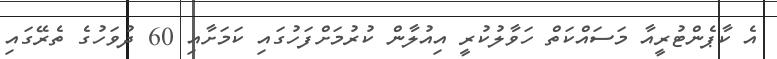
އެ ކާޕެންޓުރީއާ މަސައްކަތް ހަވާލުކުރީ އިއުލާން ކުރުމަށްފަހުގައި ކަމަށާއި 60 ދުވަހުގެ ތެރޭގައި